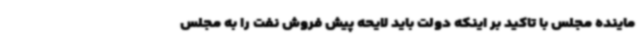
ماینده مجلس با تاکید بر اینکه دولت باید لایحه پیش فروش نفت را به مجلس